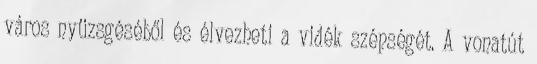
város nyüzsgéséből és élvezheti a vidék szépségét. A vonatút